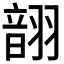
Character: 𫅬